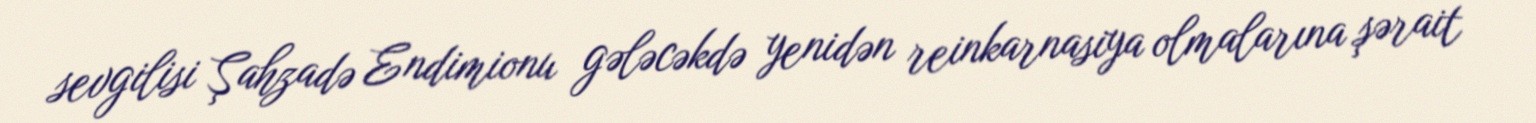
sevgilisi Şahzadə Endimionu gələcəkdə yenidən reinkarnasiya olmalarına şərait